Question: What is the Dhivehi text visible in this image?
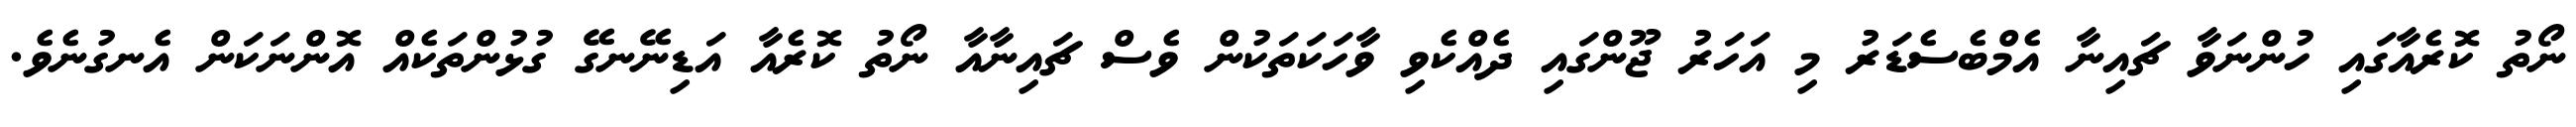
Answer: ނޯތު ކޮރެއާގައި ހުންނަވާ ޗައިނާ އެމްބެސެޑަރު މި އަހަރު ޖޫންގައި ދެއްކެވި ވާހަކަތަކުން ވެސް ޗައިނާއާ ނޯތު ކޮރެއާ އަޑިނޭނގޭ ގުޅުންތަކެއް އޮންނަކަން އެނގުނެވެ.